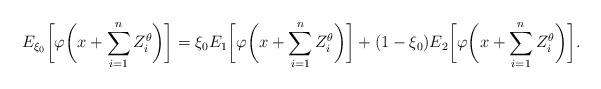
LaTeX: \begin{align*}E_{\xi_0} \biggl[\varphi\biggl(x+\sum_{i=1}^{n} Z_i^\theta\biggr)\biggr]=\xi_0 E_1\biggl[\varphi\biggl(x+\sum_{i=1}^{n} Z_i^\theta\biggr)\biggr]+(1-\xi_0)E_2\biggl[\varphi\biggl(x+\sum_{i=1}^{n} Z_i^\theta\biggr)\biggr].\end{align*}